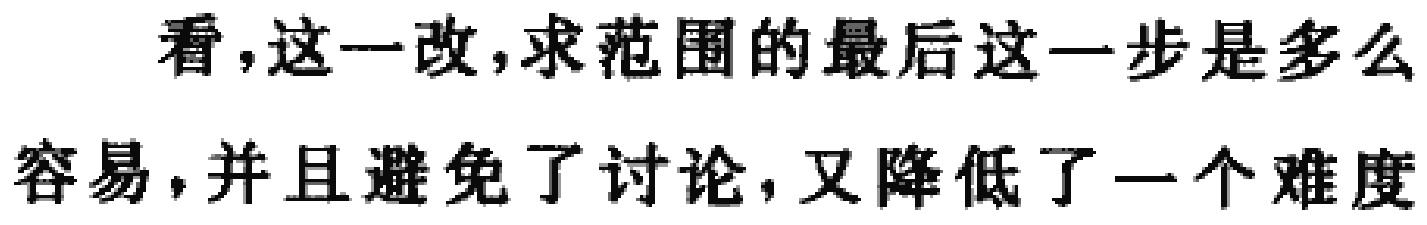
看,这一改,求范围的最后这一步是多么容易,并且避免了讨论,又降低了一个难度